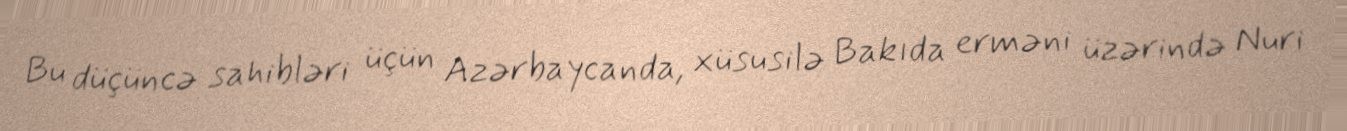
Bu düçüncə sahibləri üçün Azərbaycanda, xüsusilə Bakıda erməni üzərində Nuri